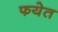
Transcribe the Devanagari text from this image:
फयेत